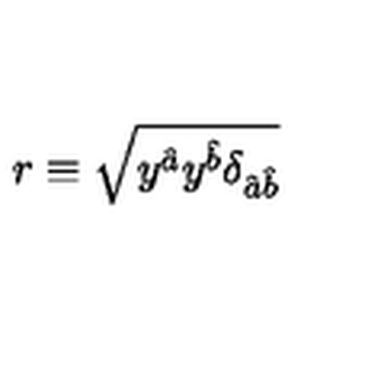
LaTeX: r \equiv \sqrt { y ^ { \hat { a } } y ^ { \hat { b } } \delta _ { { \hat { a } } { \hat { b } } } }